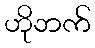
ဟိုဘက်